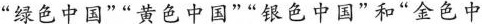
”绿色中国””黄色中国””银色中国”和”金色中